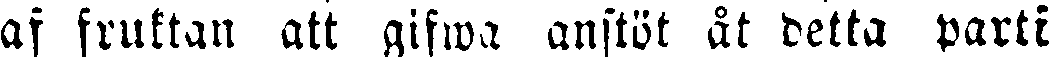
af fruktan att gifwa anstöt åt detta parti